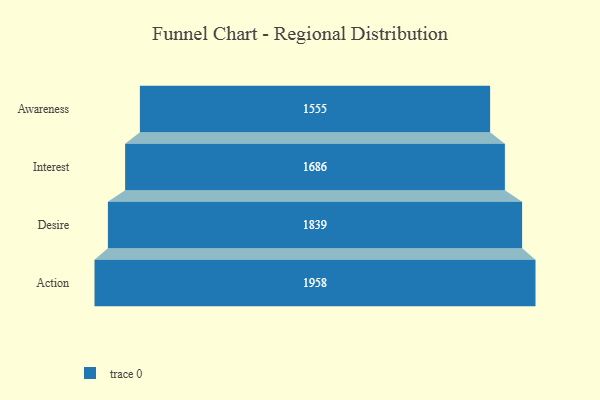
{"axis": {"x": "Stage", "y": "Value"}, "legend": [""], "data": [{"x": "Awareness", "y": 1555.0, "type": ""}, {"x": "Interest", "y": 1686.0, "type": ""}, {"x": "Desire", "y": 1839.0, "type": ""}, {"x": "Action", "y": 1958.0, "type": ""}]}